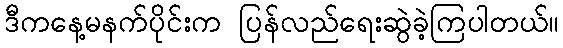
ဒီကနေ့မနက်ပိုင်းက ပြန်လည်ရေးဆွဲခဲ့ကြပါတယ်။